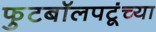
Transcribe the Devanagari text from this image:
फुटबॉलपटूंच्या